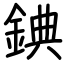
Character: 錪